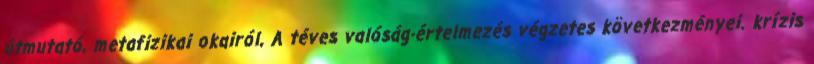
útmutató, metafizikai okairól, A téves valóság-értelmezés végzetes következményei. krízis